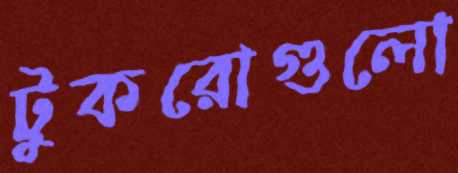
টুকরোগুলো